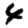
Digit: 4